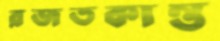
রজতকান্ত